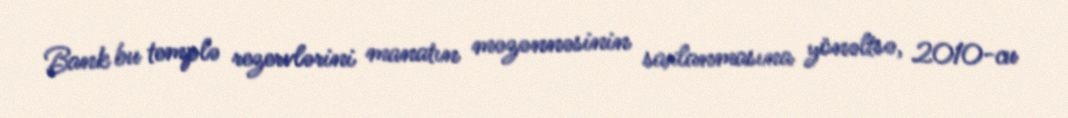
Bank bu templə rezervlərini manatın məzənnəsinin saxlanmasına yönəltsə, 2010-cu